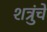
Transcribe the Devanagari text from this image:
शत्रुंचे